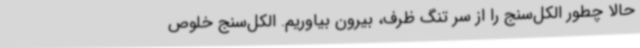
حالا چطور الکل‌سنج را از سر تنگ ظرف، بیرون بیاوریم. الکل‌سنج خلوص